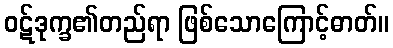
ဝဋ်ဒုက္ခ၏တည်ရာ ဖြစ်သောကြောင့်ဓာတ်။